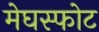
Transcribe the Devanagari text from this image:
मेघस्फोट